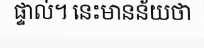
ផ្ទាល់។ នេះមានន័យថា